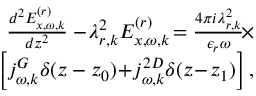
\begin{array} { r } { \frac { d ^ { 2 } E _ { x , \omega , k } ^ { ( r ) } } { d z ^ { 2 } } - \! \lambda _ { r , k } ^ { 2 } E _ { x , \omega , k } ^ { ( r ) } \! = \frac { 4 \pi i \lambda _ { r , k } ^ { 2 } } { \epsilon _ { r } \omega } \! \times } \\ { \left[ j _ { \omega , k } ^ { G } \delta ( z - z _ { 0 } ) \! + \! j _ { \omega , k } ^ { 2 D } \delta ( z \! - \! z _ { 1 } ) \right] , } \end{array}